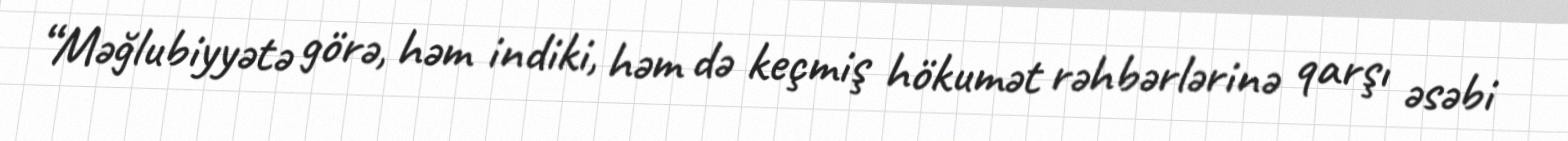
“Məğlubiyyətə görə, həm indiki, həm də keçmiş hökumət rəhbərlərinə qarşı əsəbi